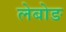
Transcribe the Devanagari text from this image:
लेबोङ